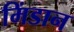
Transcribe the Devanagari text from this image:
मिंडान